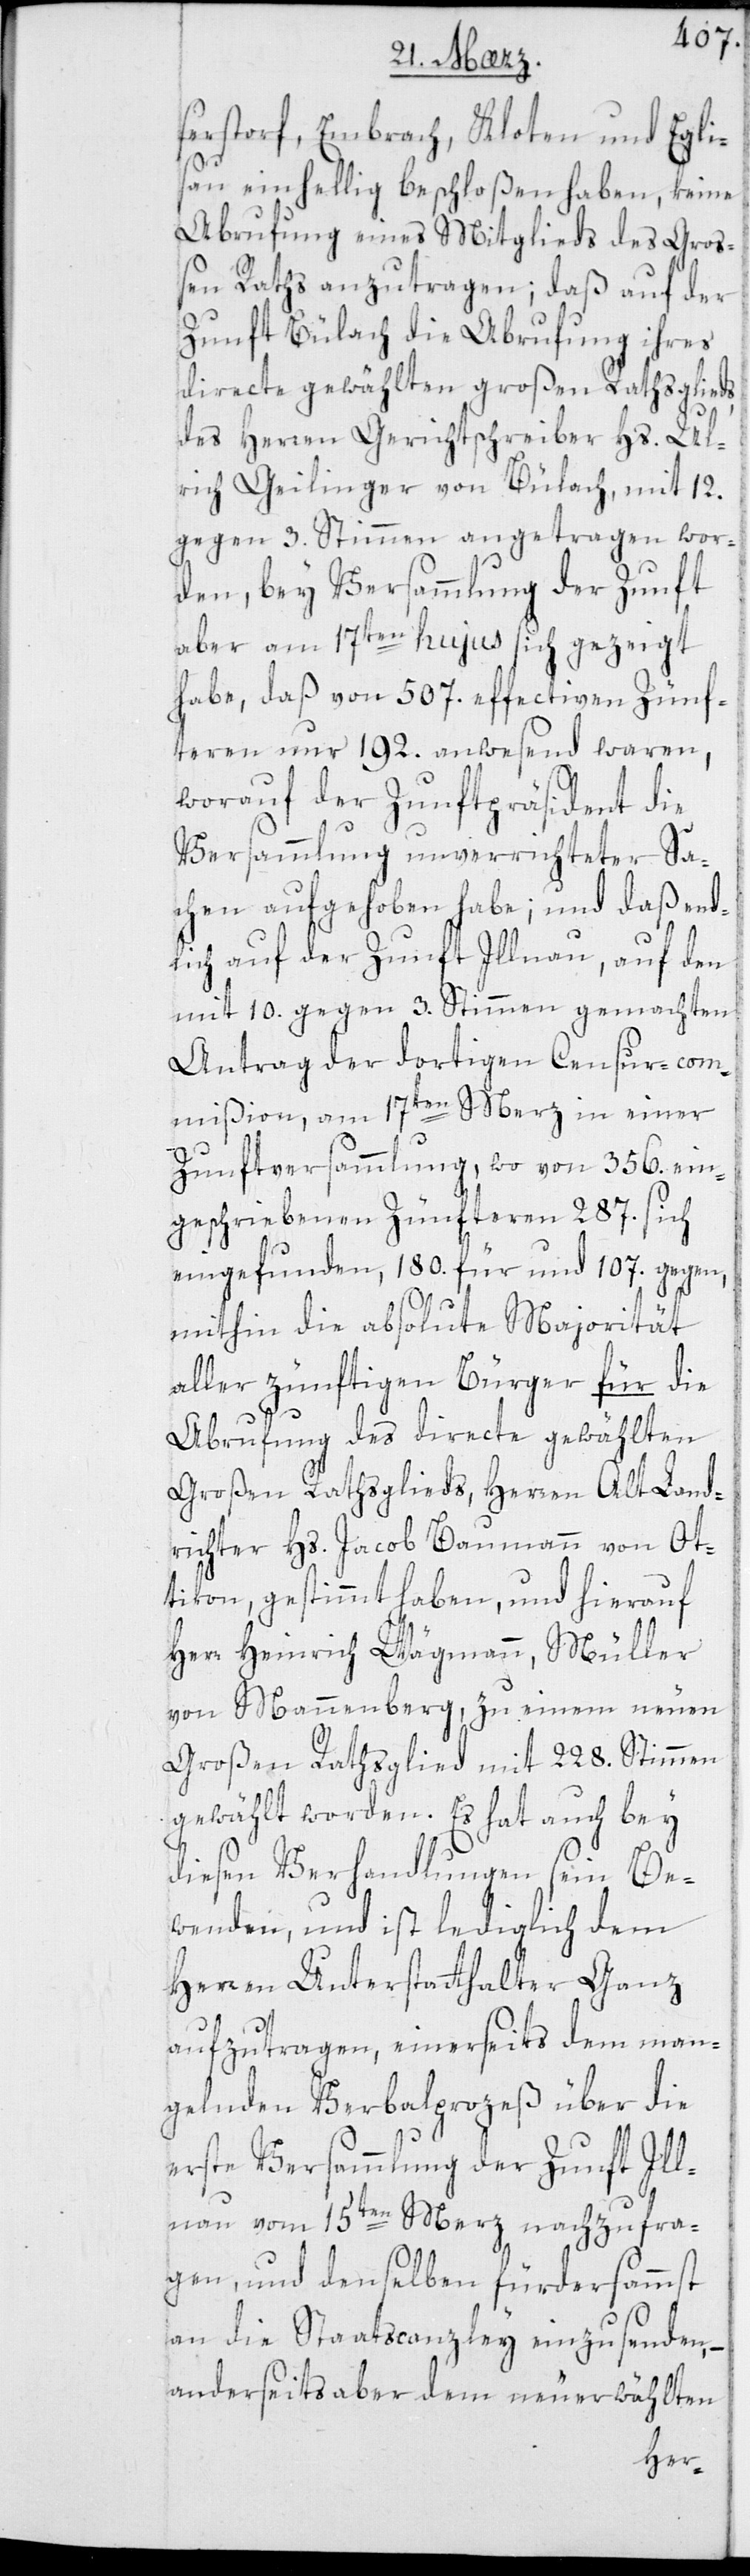
erstorf, Embrach, Kloten und Egli¬
sau einhellig beschloßen haben, keine
Abrufung eines Mitglieds des Gro¬
ßen Raths anzutragen; daß auf der
Zunft Bülach die Abrufung ihres
directe gewählten großen Rathsglieds,
des Herren Gerichtschreiber Hs. Ul¬
rich Geilinger von Bülach, mit 12.
gegen 3. Stimmen angetragen wor¬
den, bey Versammlung der Zunft
aber am 17ten hujus sich gezeigt
habe, daß von 507. effectiven Zünf¬
teren nur 192. anwesend waren,
worauf der Zunftpräsident die
Versammlung unverrichteter Sa¬
chen aufgehoben habe; und daß end¬
lich auf der Zunft Illnau, auf den
mit 10. gegen 3. Stimmen gemachten
Antrag der dortigen Censur-com¬
mißion, am 17ten Merz in einer
Zunftversammlung, wo von 356. ein¬
geschriebenen Zünfteren 287. sich
eingefunden, 180. für und 107. gegen,
mithin die absolute Majorität
aller zünftigen Bürger für die
Abrufung des directe gewählten
großen Rathsglieds, Herren Alt Land¬
richter Hs. Jacob Baumann von Ot¬
tikon, gestimmt haben, und hierauf
Herr Heinrich Wägmann, Müller
von Mauenberg, zu einem neuen
Großen Rathsglied mit 228. Stimmen
gewählt worden. Es hat auch bey
diesen Verhandlungen sein Be¬
wenden, und ist lediglich dem
Herren Unterstatthalter Ganz
aufzutragen, einerseits dem man¬
gelnden Verbalprozeß über die
erste Versammlung der Zunft Ill¬
nau vom 15ten Merz nachzufra¬
gen, und denselben fürdersammst
an die Staatscanzley einzusenden,
anderseits aber dem neuerwählten